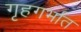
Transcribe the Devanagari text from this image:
गृहगर्भात